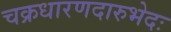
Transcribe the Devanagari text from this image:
चक्रधारणदारुभेदः